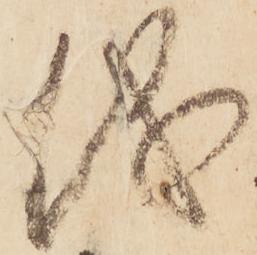
儀